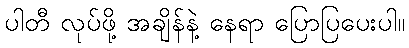
ပါတီ လုပ်ဖို့ အချိန်နဲ့ နေရာ ပြောပြပေးပါ။